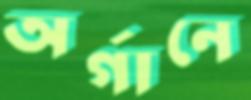
অর্গানে